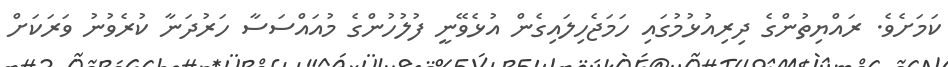
ކަމަށެވެ. ރައްޔިތުންގެ ދިރިއުޅުމުގައި ހަމަޖެހިލައިގެން އުޅެވޭނީ ފުލުހުންގެ މުއައްސަސާ ހަރުދަނާ ކުރެވުނު ވަރަކަށް